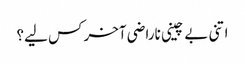
اتنی بے چینی ناراضی آخر کس لیے؟